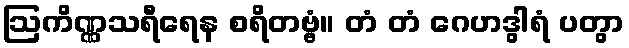
ဩကိဏ္ဏသရီရေန စရိတဗ္ဗံ။ တံ တံ ဂေဟဒွါရံ ပတွာ